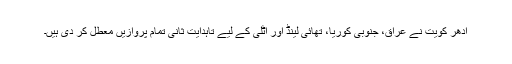
ادھر کویت نے عراق، جنوبی کوریا، تھائی لینڈ اور اٹلی کے لیے تاہدایت ثانی تمام پروازیں معطل کر دی ہیں۔